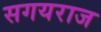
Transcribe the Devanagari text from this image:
सगयराज